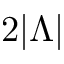
2 | \Lambda |